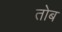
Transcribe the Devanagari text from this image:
तोब